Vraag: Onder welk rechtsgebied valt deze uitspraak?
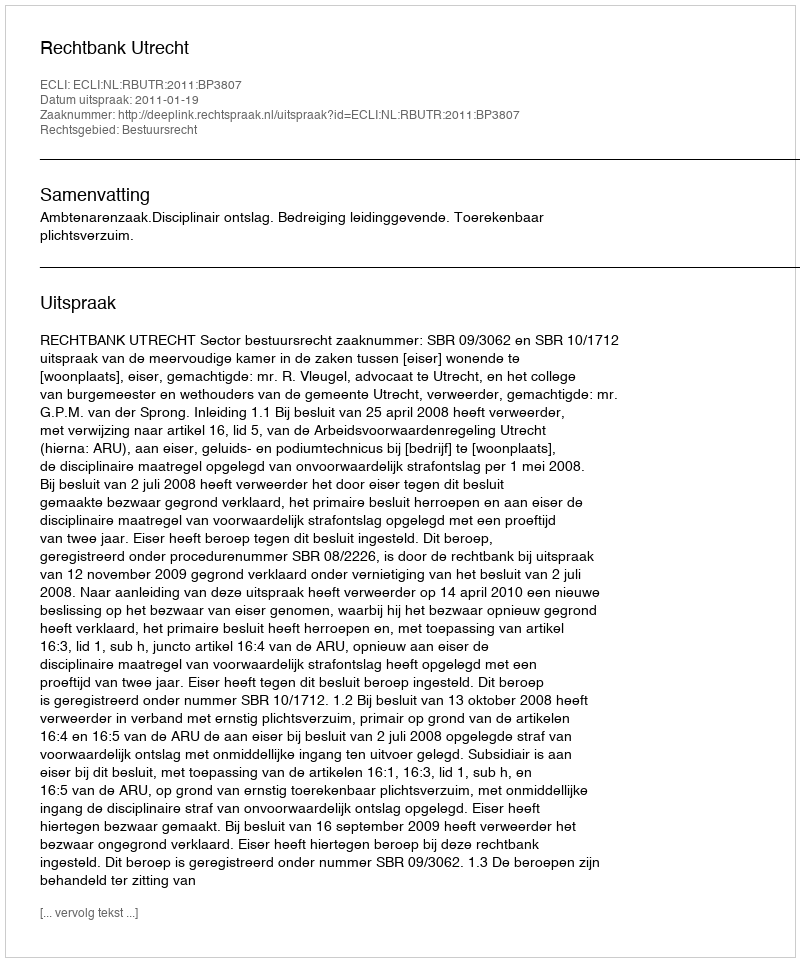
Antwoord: Bestuursrecht